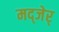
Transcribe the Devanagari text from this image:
मद्जेर्